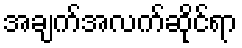
အချက်အလက်ဆိုင်ရာ